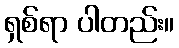
ရှစ်ရာ ပါတည်း။